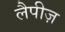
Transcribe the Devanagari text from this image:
लैपीज़